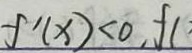
f ^ { \prime } ( x ) < 0 , f (